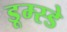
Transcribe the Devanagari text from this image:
डूम्स्डे